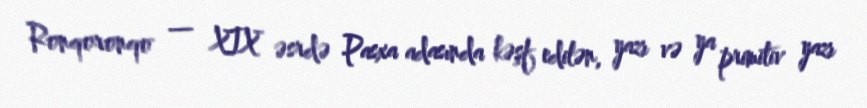
Ronqoronqo — XIX əsrdə Pasxa adasında kəşf edilən, yazı və ya primitiv yazı